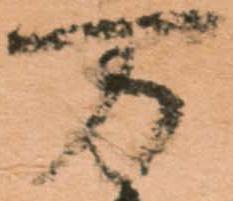
万